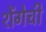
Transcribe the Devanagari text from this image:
शेंगेची